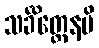
သင်္ခိတ္တေနပိ